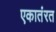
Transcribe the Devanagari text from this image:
एकातंरत